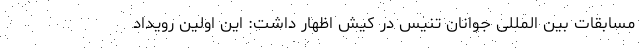
مسابقات بین المللی جوانان تنیس در کیش اظهار داشت: این اولین رویداد